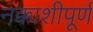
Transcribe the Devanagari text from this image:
नक्काशीपूर्ण